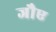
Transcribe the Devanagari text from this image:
जौए